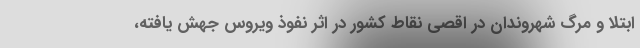
ابتلا و مرگ شهروندان در اقصی نقاط کشور در اثر نفوذ ویروس جهش یافته،